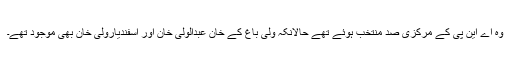
وہ اے این پی کے مرکزی صد منتخب ہوئے تھے حالانکہ ولی باغ کے خان عبدالولی خان اور اسفندیارولی خان بھی موجود تھے۔